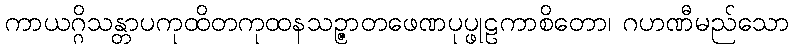
ကာယဂ္ဂိသန္တာပကုထိတကုထနသဉ္ဇာတဖေဏပုပ္ဖုဠကာစိတော၊ ဂဟဏီမည်သော